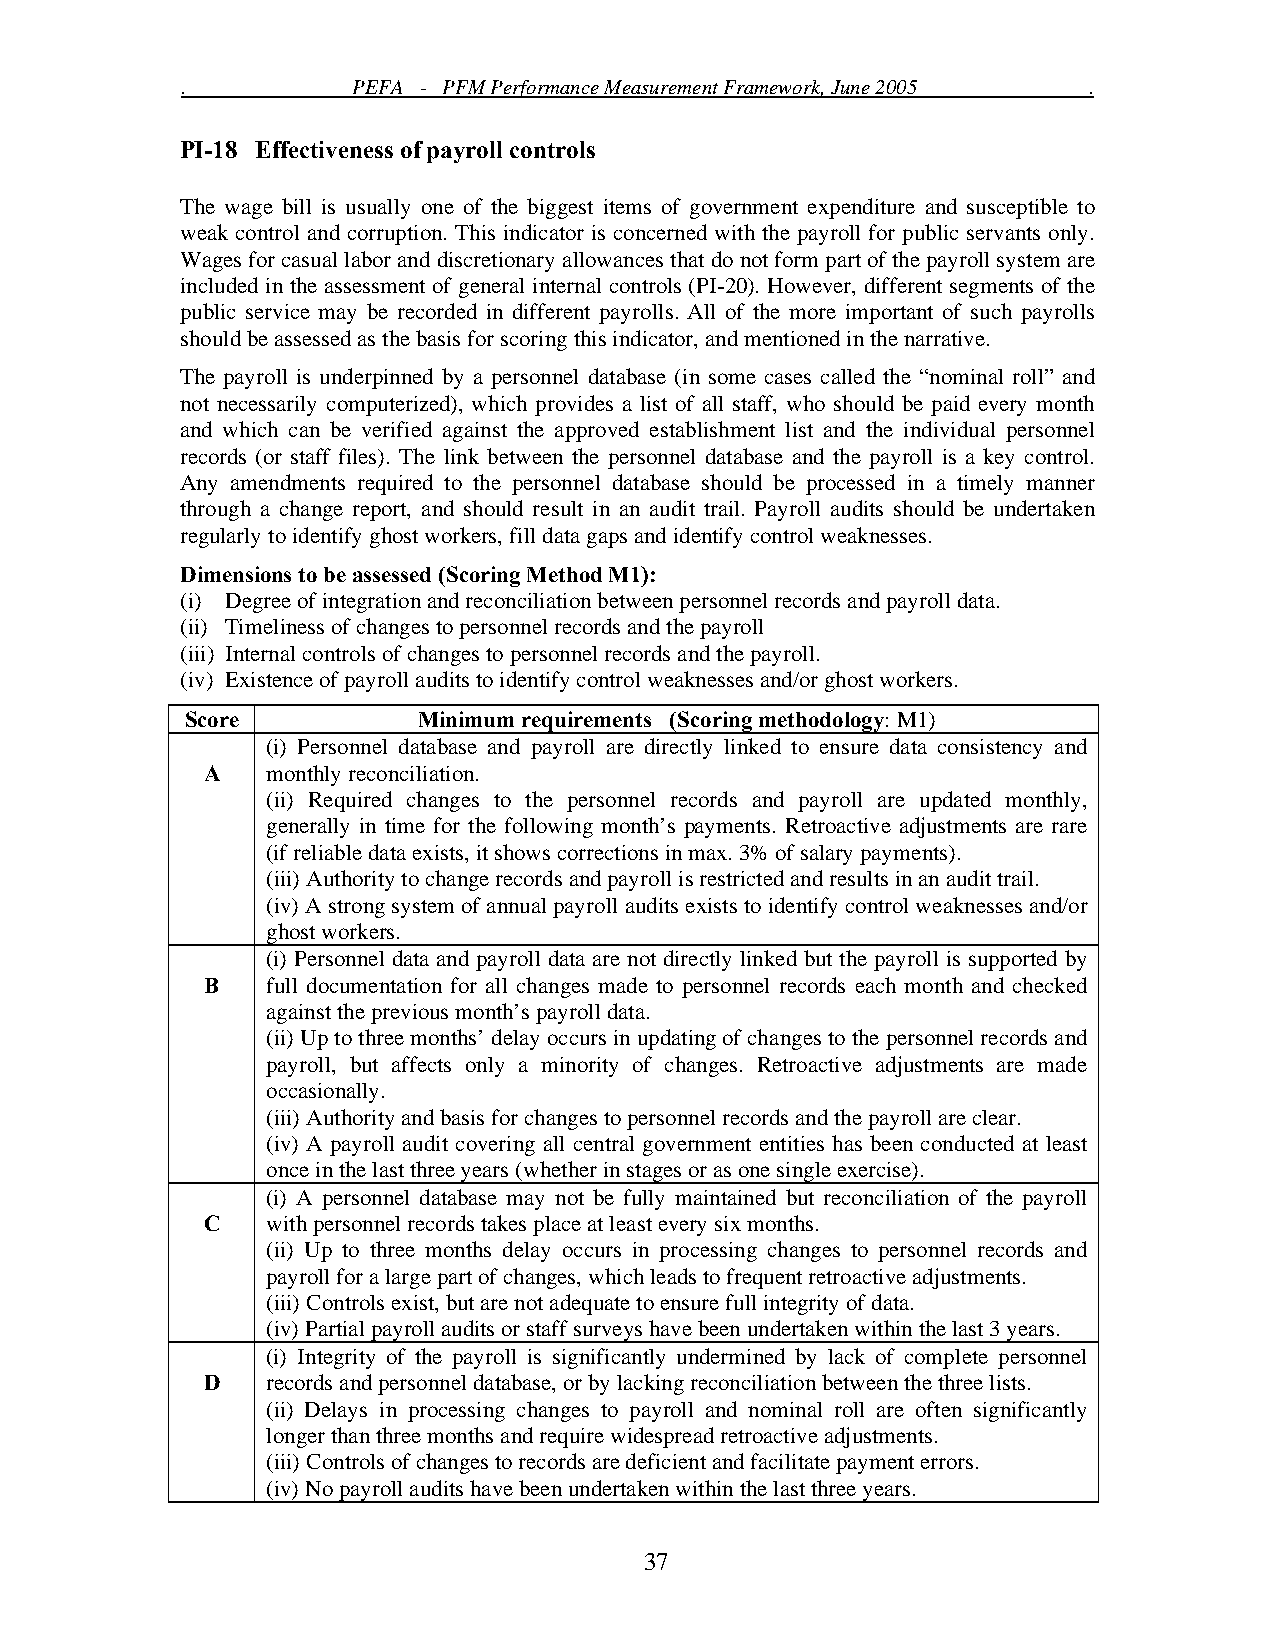
.          PEFA - PFM Performance Measurement Framework, June 2005 .
 PI-18 Effectiveness of payroll controls
 The wage bill is usually one of the biggest items of government expenditure and susceptible to
 weak control and corruption. This indicator is concerned with the payroll for public servants only.
 Wages for casual labor and discretionary allowances that do not form part of the payroll system are
 included in the assessment of general internal controls (PI-20). However, different segments of the
 public service may be recorded in different payrolls. All of the more important of such payrolls
 should be assessed as the basis for scoring this indicator, and mentioned in the narrative.
 The payroll is underpinned by a personnel database (in some cases called the “nominal roll” and
 not necessarily computerized), which provides a list of all staff, who should be paid every month
 and which can be verified against the approved establishment list and the individual personnel
 records (or staff files). The link between the personnel database and the payroll is a key control.
 Any amendments required to the personnel database should be processed in a timely manner
 through a change report, and should result in an audit trail. Payroll audits should be undertaken
 regularly to identify ghost workers, fill data gaps and identify control weaknesses.
 Dimensions to be assessed (Scoring Method M1):
 (i) Degree of integration and reconciliation between personnel records and payroll data.
 (ii) Timeliness of changes to personnel records and the payroll
 (iii) Internal controls of changes to personnel records and the payroll.
 (iv) Existence of payroll audits to identify control weaknesses and/or ghost workers.
 Score           Minimum requirements (Scoring methodology: M1)
 (i) Personnel database and payroll are directly linked to ensure data consistency and
 A    monthly reconciliation.
 (ii) Required changes to the personnel records and payroll are updated monthly,
 generally in time for the following month’s payments. Retroactive adjustments are rare
 (if reliable data exists, it shows corrections in max. 3% of salary payments).
 (iii) Authority to change records and payroll is restricted and results in an audit trail.
 (iv) A strong system of annual payroll audits exists to identify control weaknesses and/or
 ghost workers.
 (i) Personnel data and payroll data are not directly linked but the payroll is supported by
 B   full documentation for all changes made to personnel records each month and checked
 against the previous month’s payroll data.
 (ii) Up to three months’ delay occurs in updating of changes to the personnel records and
 payroll, but affects only a minority of changes. Retroactive adjustments are made
 occasionally.
 (iii) Authority and basis for changes to personnel records and the payroll are clear.
 (iv) A payroll audit covering all central government entities has been conducted at least
 once in the last three years (whether in stages or as one single exercise).
 (i) A personnel database may not be fully maintained but reconciliation of the payroll
 C    with personnel records takes place at least every six months.
 (ii) Up to three months delay occurs in processing changes to personnel records and
 payroll for a large part of changes, which leads to frequent retroactive adjustments.
 (iii) Controls exist, but are not adequate to ensure full integrity of data.
 (iv) Partial payroll audits or staff surveys have been undertaken within the last 3 years.
 (i) Integrity of the payroll is significantly undermined by lack of complete personnel
 D    records and personnel database, or by lacking reconciliation between the three lists.
 (ii) Delays in processing changes to payroll and nominal roll are often significantly
 longer than three months and require widespread retroactive adjustments.
 (iii) Controls of changes to records are deficient and facilitate payment errors.
 (iv) No payroll audits have been undertaken within the last three years.
 37